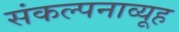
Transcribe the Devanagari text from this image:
संकल्पनाव्यूह